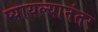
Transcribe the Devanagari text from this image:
प्यायल्यानंतर